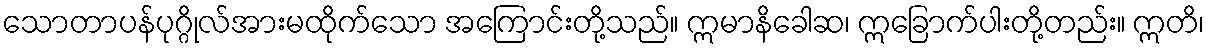
သောတာပန်ပုဂ္ဂိုလ်အားမထိုက်သော အကြောင်းတို့သည်။ ဣမာနိခေါဆ၊ ဣခြောက်ပါးတို့တည်း။ ဣတိ၊